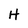
Character: H